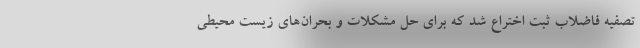
تصفیه فاضلاب ثبت اختراع شد که برای حل مشکلات و بحران‌های زیست محیطی